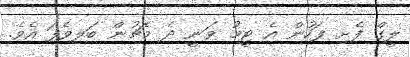
ލީގް ފެށި ފަހުން އެ ޓީމު ވަނީ ދެ މެޗުން ބަލިވެފަ އެވެ.